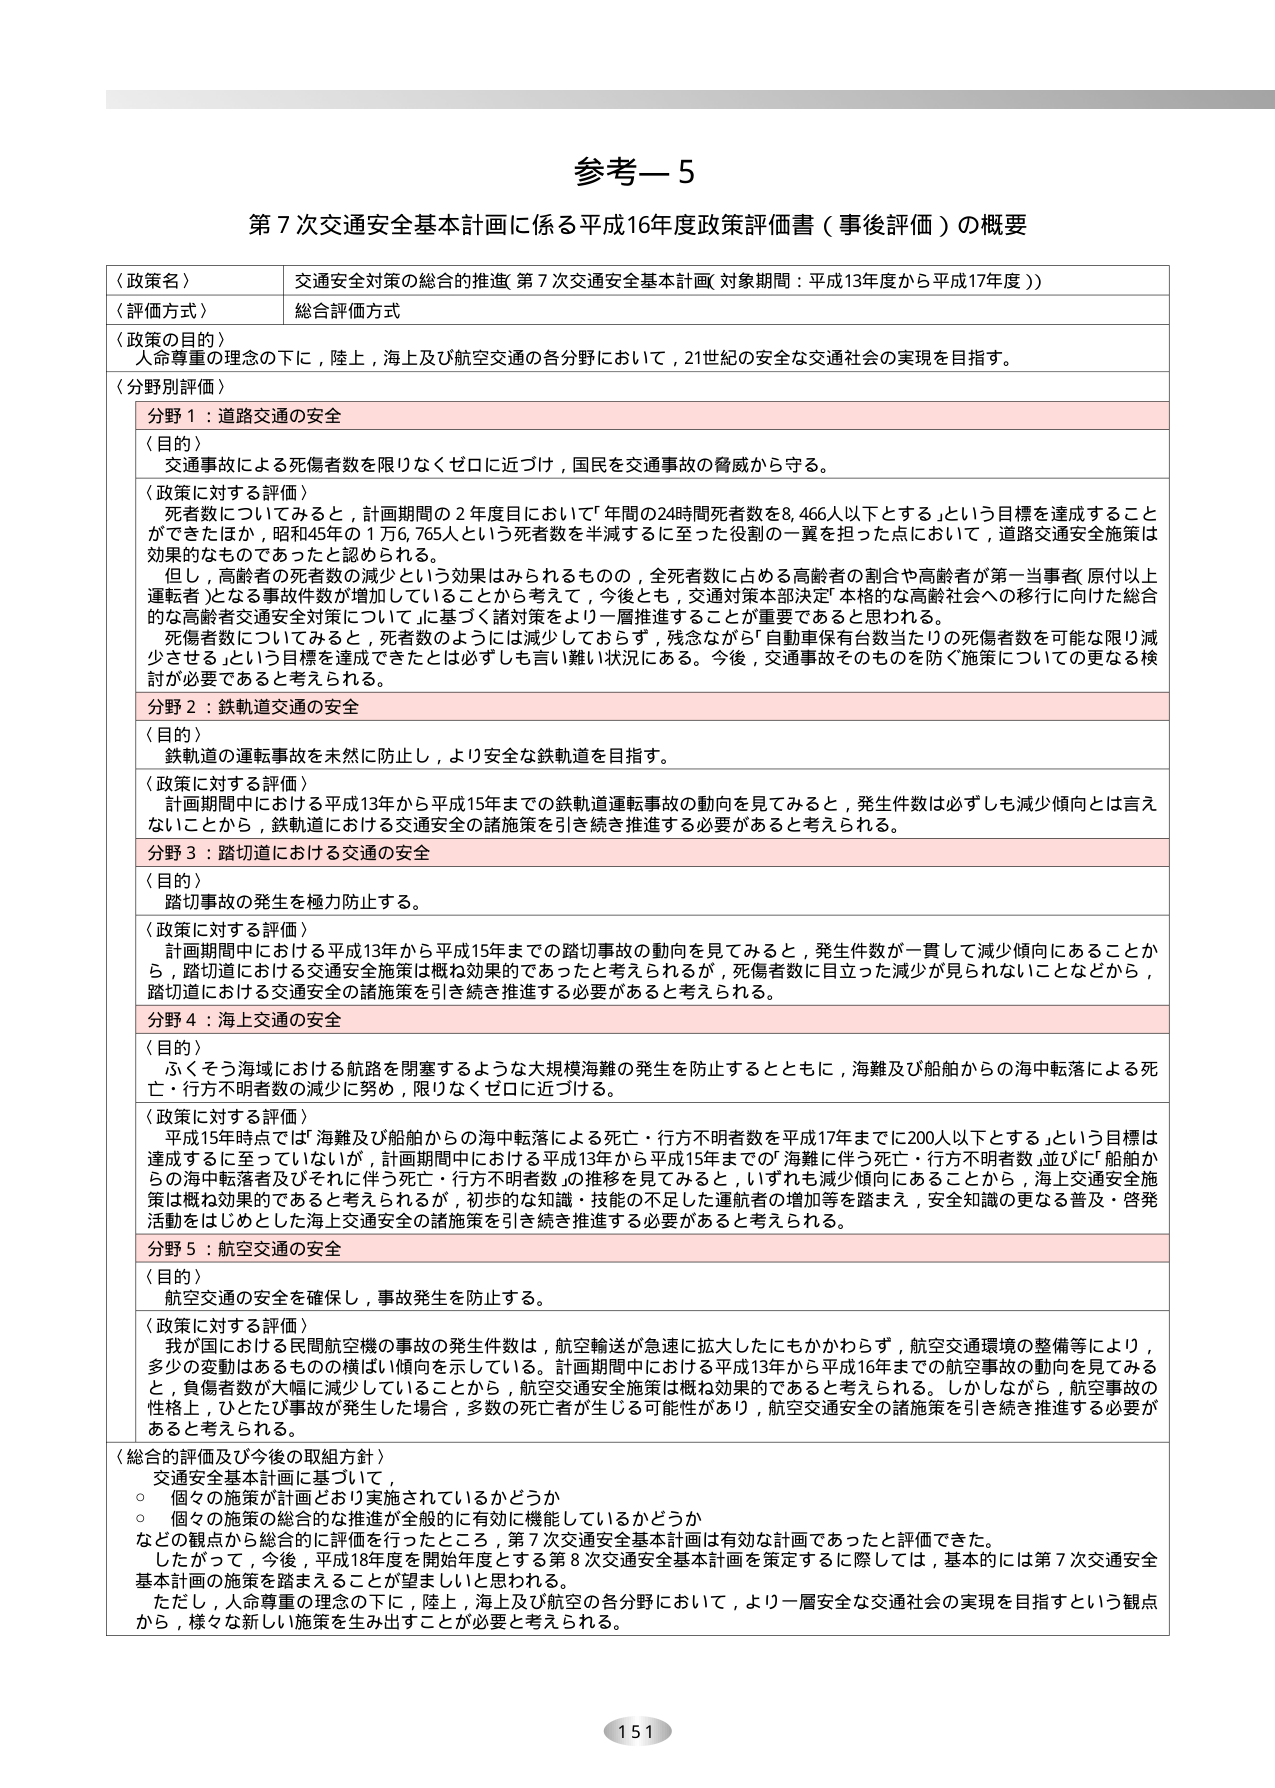
参考—5
第7次交通安全基本計画に係る平成16年度政策評価書（事後評価）の概要

〈政策名〉
交通安全対策の総合的推進 第7次交通安全基本計画（対象期間：平成13年度から平成17年度）

〈評価方式〉
総合評価方式

〈政策の目的〉
人命尊重の理念の下に，陸上，海上及び航空交通の各分野において，21世紀の安全な交通社会の実現を目指す。

〈分野別評価〉
分野1：道路交通の安全
〈目的〉
交通事故による死傷者数を限りなくゼロに近づけ，国民を交通事故の脅威から守る。

〈政策に対する評価〉
死者数についてみると，計画期間の2年度目において「年間の24時間死者数を8,466人以下とする」という目標を達成することができたほか，昭和45年の1万6,765人という死者数を半減するに至った役割の一翼を担った点において，道路交通安全施策は効果的なものであったと認められる。
但し，高齢者の死者数の減少という効果はみられるものの，全死者数に占める高齢者の割合や高齢者が第一当事者（原付以上運転者）となる事故件数が増加していることから考えて，今後とも，交通対策本部決定「本格的な高齢社会への移行に向けた総合的な高齢者交通安全対策について」に基づく諸対策をより一層推進することが重要であると思われる。
死傷者数についてみると，死者数のようには減少しておらず，残念ながら「自動車保有台数当たりの死傷者数を可能な限り減少させる」という目標を達成できたとは必ずしも言い難い状況にある。今後，交通事故そのものを防ぐ施策についての更なる検討が必要であると考えられる。

分野2：鉄軌道交通の安全
〈目的〉
鉄軌道の運転事故を未然に防止し，より安全な鉄軌道を目指す。

〈政策に対する評価〉
計画期間中における平成13年から平成15年までの鉄軌道運転事故の動向を見てみると，発生件数は必ずしも減少傾向とは言えないことから，鉄軌道における交通安全の諸施策を引き続き推進する必要があると考えられる。

分野3：踏切道における交通の安全
〈目的〉
踏切事故の発生を極力防止する。

〈政策に対する評価〉
計画期間中における平成13年から平成15年までの踏切事故の動向を見てみると，発生件数が一貫して減少傾向にあることから，踏切道における交通安全施策は概ね効果的であったと考えられるが，死傷者数に目立った減少が見られないことなどから，踏切道における交通安全の諸施策を引き続き推進する必要があると考えられる。

分野4：海上交通の安全
〈目的〉
ふくそう海域における航路を閉塞するような大規模海難の発生を防止するとともに，海難及び船舶からの海中転落による死亡・行方不明者数の減少に努め，限りなくゼロに近づける。

〈政策に対する評価〉
平成15年時点で「海難及び船舶からの海中転落による死亡・行方不明者数を平成17年までに200人以下とする」という目標は達成するに至っていないが，計画期間中における平成13年から平成15年までの「海難に伴う死亡・行方不明者数」並びに「船舶からの海中転落者及びそれに伴う死亡・行方不明者数」の推移を見てみると，いずれも減少傾向にあることから，海上交通安全施策は概ね効果的であると考えられるが，初歩的な知識・技能の不足した運航者の増加等を踏まえ，安全知識の更なる普及・啓発活動をはじめとした海上交通安全の諸施策を引き続き推進する必要があると考えられる。

分野5：航空交通の安全
〈目的〉
航空交通の安全を確保し，事故発生を防止する。

〈政策に対する評価〉
我が国における民間航空機の事故の発生件数は，航空輸送が急速に拡大したにもかかわらず，航空交通環境の整備等により，多少の変動はあるものの横ばい傾向を示している。計画期間中における平成13年から平成16年までの航空事故の動向を見てみると，負傷者数が大幅に減少していることから，航空交通安全施策は概ね効果的であると考えられる。しかしながら，航空事故の性格上，ひとたび事故が発生した場合，多数の死亡者が生じる可能性があり，航空交通安全の諸施策を引き続き推進する必要があると考えられる。

〈総合的評価及び今後の取組方針〉
○ 交通安全基本計画について，
　・ 個々の施策が計画どおり実施されているかどうか
　・ 個々の施策の総合的な推進が全般的に有効に機能しているかどうか
　などの観点から総合的に評価を行ったところ，第7次交通安全基本計画は有効な計画であったと評価できた。
　したがって，今後，平成18年度を開始年度とする第8次交通安全基本計画を策定するに際しては，基本的には第7次交通安全基本計画の施策を踏まえることが望ましいと思われる。
　ただし，人命尊重の理念の下に，陸上，海上及び航空の各分野において，より一層安全な交通社会の実現を目指すという観点から，様々な新しい施策を生み出すことが必要と考えられる。

151